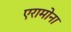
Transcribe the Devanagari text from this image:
एरामोना